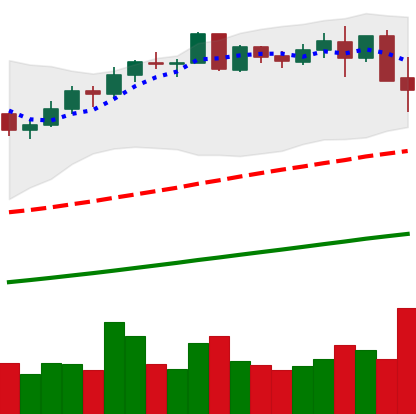
Ticker: BNB-USD
Chart end date: 2021-05-13
Forward return: -11.097%
Label: down_7plus